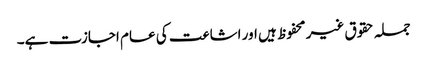
جملہ حقوق غیر محفوظ ہیں اور اشاعت کی عام اجازت ہے۔